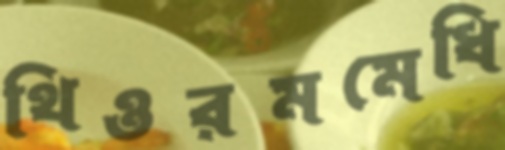
থিওরমমেধি